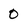
Character: 0